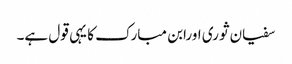
سفیان ثوری اورابن مبارک کا یہی قول ہے۔